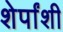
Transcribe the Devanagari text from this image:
शेर्पांशी